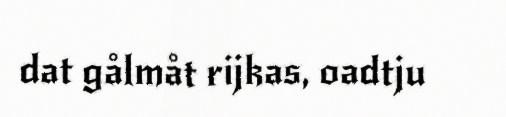
dat gålmåt rijkas, oadtju